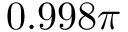
0 . 9 9 8 \pi